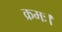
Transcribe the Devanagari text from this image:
क्रमः।